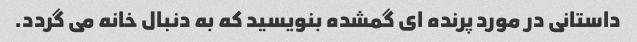
داستانی در مورد پرنده ای گمشده بنویسید که به دنبال خانه می گردد.